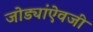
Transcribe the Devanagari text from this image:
जोड्यांऐवजी